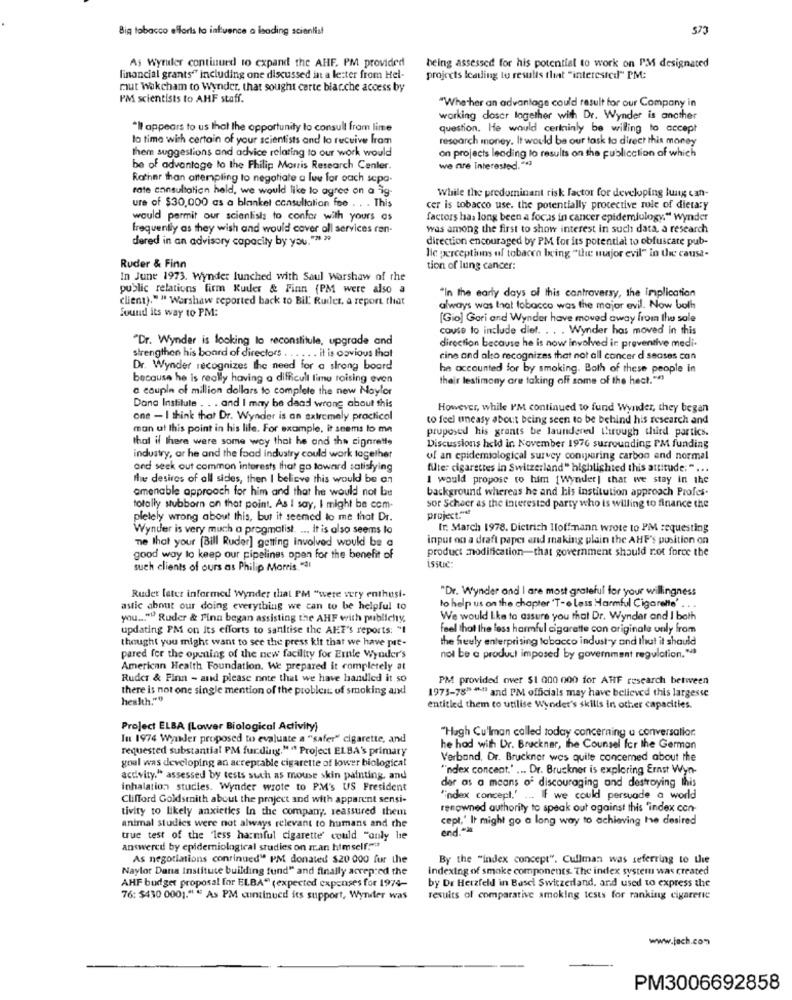
Big tobacco efforts to intivence a leading scientist
573
As Wyruler continued to expand the AHF. PM provided
being assessed for his potential to work on PM designated
financial grants"" including one discussed in a letter from Hel-
projects leading to results that "interested" PM:
mut Wakcham to Wonder, that sought carte blar.che access by
PM scientists to AHF staff.
"Whether an advantage could result for our Company in
working doser lagether with Dr. Wynder is another
*Il appears to us that the opportunity to consult fram lime
question. He would certainly be willing to accept
lo time with certain of your scientists and lo receive from
research money. It would be our task to direct this money
on projects leading lo results on the publicction of which
them suggestions and advice relating to our work would
be of advantage to the Philip Morris Research Center.
we are Interested."*1
Rather than antempling to negotiate a lww for oach scpa.
rate consultation held, we would like to agree on a -ig-
While the predominant risk factor for developing lung can-
ure of $30,000 as a blanket consultation feo . . . This
cer is tobacco use. the potentially protective rule of dietary
would permit our scientists to confor with yours os
factors has long been a focas in cancer epidemiology." Wynder
frequently as they wish and would cover all services ren-
was among the first to show interest in such data, a research
dered in an advisory capacity by you."" 29
direction encouraged by PM for its potential to obfuscate pub-
Ruder & Finn
lic perceptions of tobacco Ixing "the uujor evil" in the causa-
tion of lung cancer:
In June 1973. Wynder lunched with Saul Warshaw of the
public relations firm Ruder & Finn (PM were also a
client)." " Warshaw reported back to Bil Ruder, a report that
"In the early days of this controversy, the implication
always was that tobacco was the major evil. Now both
Sound its way to PM:
[Gio] Gori and Wynder have moved away from the sole
couse to include diet. . . . Wynder has moved in this
"Dr. Wynder is looking lo reconstitule, upgrade and
strengthon his board of directors . ..... it is ogvious that
direction because he is now involved in preventive medi
cine and alto recognizes that not all cancer d seases can
Dr. Wynder recognizes the need for a strong board
he accounted for by smoking. Both of these people in
because he is really having a difficult limu roising even
their lestimony are taking off some of the hect.""
a couple of million dollars to complete the new Naylor
Dana Institute . . . and I may be daad wrong about this
However, while I'M continued to fund Wynder, they began
one - I think that Dr. Wynder is an extremely practicol
to feel uneasy about being seen to be behind his research and
man ut this point in his life. For example, it seems to me
proposed his grants be laundered through third partics.
that il there were some way that he and the cigarette
Discussions held in November 1976 surrounding PM funding
industry, ar he and the food industry could work together
of an epidemiological survey conimuaring carbon and normal
and seek out common interests that go toward satisfying
filter cigarettes in Switzerland" highlighted this attitude. " ...
Nie desires of all sides, then I believe this would be an
I would propose to him [Wynder] that we stay in the
amenable approach for him and that he would not be
background whereas he and his institution approach Profes.
totally stubborn on that point. As I say, I might be com-
sor Scheer as the interested party who is willing to finance the
pletely wrong about this, but it seemed to me that Dr.
project."et
Wynder is very much a pragmatist. ... It is also seems to
fr: March 1978. Dietrich Iloffmann wrote to PM requesting
input on a draft paper and making plain the AHF's position on
ne that your [Bill Ruder] getting involved would be a
product modification-that government should rot force the
good way to keep our pipelines open for the benefit of
such clients of ours as Philip Morris. "4!
issue:
"Dr. Wynder and I are most grateful for your willingness
Rudet later informed Wynder that PM "were very enthusi-
astic about our doing everything we can to be helpful to
to help us on the chapter 'T-o Less Harmful Cigarette' . . .
you ... "" Ruder & Finn began assisting the AHF with publichy.
We would Like to assure you that Dr. Wyndar and I both
updating PM on Its efforts to sanftise the AFT's reports: "I
feel that the less harmful cigarette con originale unly from
thought you might want to see the press kit that we have pit-
the heuly enterprising tobacco industry and that it should
pared for the opening of the new facility for Emnie Wynudler's
not be a product imposed by government regulation."
American Health Foundation. We prepared it completely at
Ruder & Finn - and please note that we have handled it so
PM provided over $1 000 000 for AHF research between
there is not one single mention of the problem of smoking and
health.""
1973-78" *" and PM officials may have believed this largesse
entitled them to utilise Wynder's skills in other capacities.
Project ELBA (Lower Biological Activity)
"Hagh Cu'lman called today concerning a conversation.
In 1974 Wyder proposed to evaluate a "safer" cigarette, and
requested substantial PM fur ding."" Project ELBA's primary
he had with Dr. Bruckner, the Counsel for the German
goal was developing an acceptable cigarette of lower biological
Verband, Dr. Bruckner wes quite concemed about the
"index concent." ... Dr. Bruckner is exploring Ernst Wyn-
activity." assessed by tests such as mouse skin painting, and
der as a means of discouraging and destroying this
inhalation studies. Wynder wrote to PM's US President
Clifford Goldsmith about the project and with apparent sensi-
"index concept.' ... IF we could persuade a world
tivity to likely anxieties In the company. reassured them
renowned authority to speak out against this "index con
cept,' It might go a long way to achieving he desired
animal studies were not always relevant to humans and the
end."
true test of the 'less harmful cigarette' could "only hie
answered by epidemiological studies on man himself.""
As negotiations continued" PM donated $20 000 fur the
By the "index concept". Cullman was referring to the
Naylor Dana Institute building fund" and finally accepted the
indexing of smoke components. The index system was created
AHF budget proposal for ELBA" (expected expenses for 1974-
by Dr Herzfeld in Basel Switzerland, and used to express the
76: 5430 000 ;. " " As PM continued its support, Wyniter was
results of comparative smoking tests for ranking cigareric
www.jach.com
PM3006692858